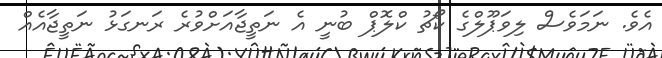
އެވެ. ނަމަވެސް ލިވަޕޫލްގެ ކޯޗު ކްލޮޕް ބުނީ އެ ނަތީޖާއަށްވުރެ ރަނގަޅު ނަތީޖާއެއް